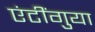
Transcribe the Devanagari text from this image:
एंटींगुया